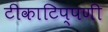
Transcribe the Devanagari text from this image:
टीकाटिप्पणी